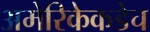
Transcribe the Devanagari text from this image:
अमेरिकेकडेच